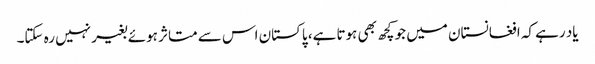
یاد رہے کہ افغانستان میں جو کچھ بھی ہوتا ہے، پاکستان اس سے متاثر ہوئے بغیر نہیں رہ سکتا۔